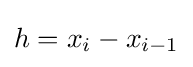
h=x_{i}-x_{i-1}